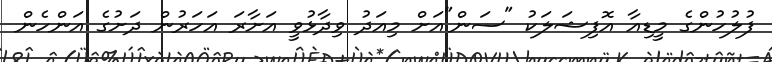
ފުލުހުންގެ މީޑިއާ އޮފިޝަލަކު "ސަން"އަށް މިއަދު ވިދާޅުވީ އަށާރަ އަހަރުން ދަށުގެ އަންހެން